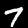
Label: 7